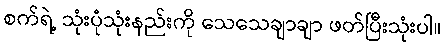
စက်ရဲ့ သုံးပုံသုံးနည်းကို သေသေချာချာ ဖတ်ပြီးသုံးပါ။